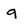
Character: g